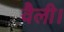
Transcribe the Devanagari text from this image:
वैली।